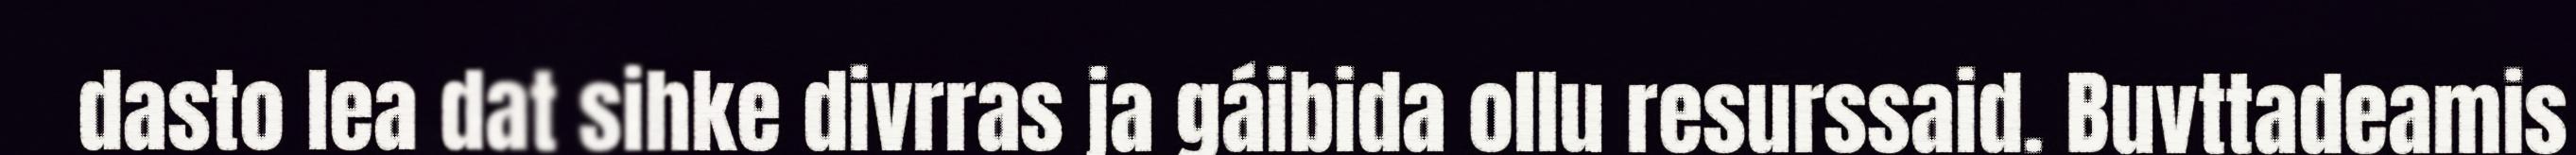
dasto lea dat sihke divrras ja gáibida ollu resurssaid. Buvttadeamis